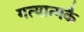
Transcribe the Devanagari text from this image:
गत्यात्मकै